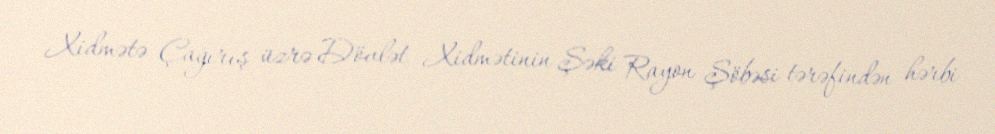
Xidmətə Çağırış üzrə Dövlət Xidmətinin Şəki Rayon Şöbəsi tərəfindən hərbi